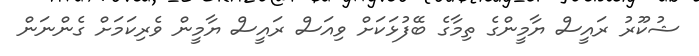
ޝުކޫރު ރައީސް ޔާމީންގެ ތިމާގެ ބޭފުޅަކަށް ވިއަސް ރައީސް ޔާމީން ވެރިކަމަށް ގެންނަން